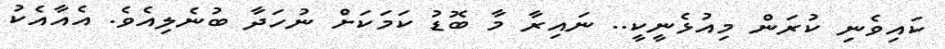
ކައިވެނި ކުރަން މިއުޅެނީކީ.. ނައިރާ މާ ބޮޑު ކަމަކަށް ނުހަދާ ބުނެލިއެވެ. އެއާއެކު